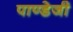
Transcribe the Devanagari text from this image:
पाण्डेजी